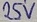
Text: 25V